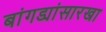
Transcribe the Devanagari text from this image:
बांगड्यांसारखा